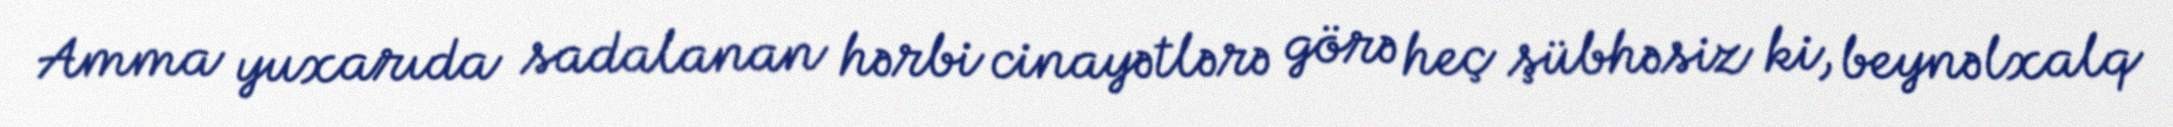
Amma yuxarıda sadalanan hərbi cinayətlərə görə heç şübhəsiz ki, beynəlxalq